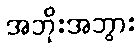
အဘိုးအဘွား